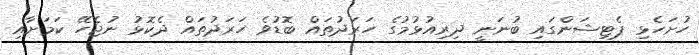
ހުށަހެޅި ޕެޓިޝަންގައި ބުނަނީ ދިރިއުޅުމުގެ ހަރަދުތައް ބޮޑުވެ ހަރަދުތައް ދެކޮޅު ނުޖެހޭ ކަމަށާއި